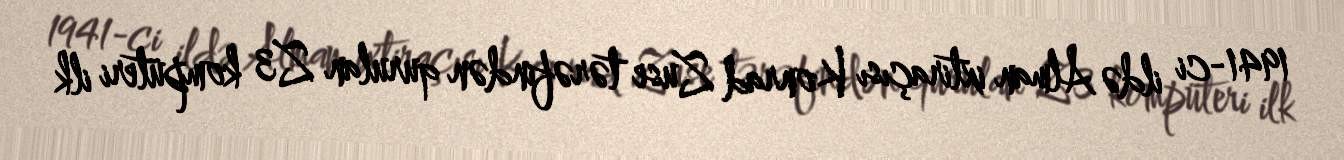
1941-ci ildə Alman ixtiraçısı Konrad Zuse tərəfindən qurulan Z3 kompüteri ilk